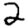
Digit: 2